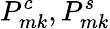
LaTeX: P_{mk}^{c},P_{mk}^{s}